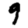
Digit: 9